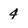
Character: 4